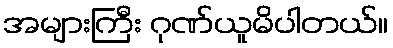
အများကြီး ဂုဏ်ယူမိပါတယ်။